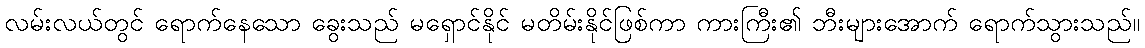
လမ်းလယ်တွင် ရောက်နေသော ခွေးသည် မရှောင်နိုင် မတိမ်းနိုင်ဖြစ်ကာ ကားကြီး၏ ဘီးများအောက် ရောက်သွားသည်။